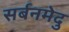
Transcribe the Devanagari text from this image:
सर्बनमेदु